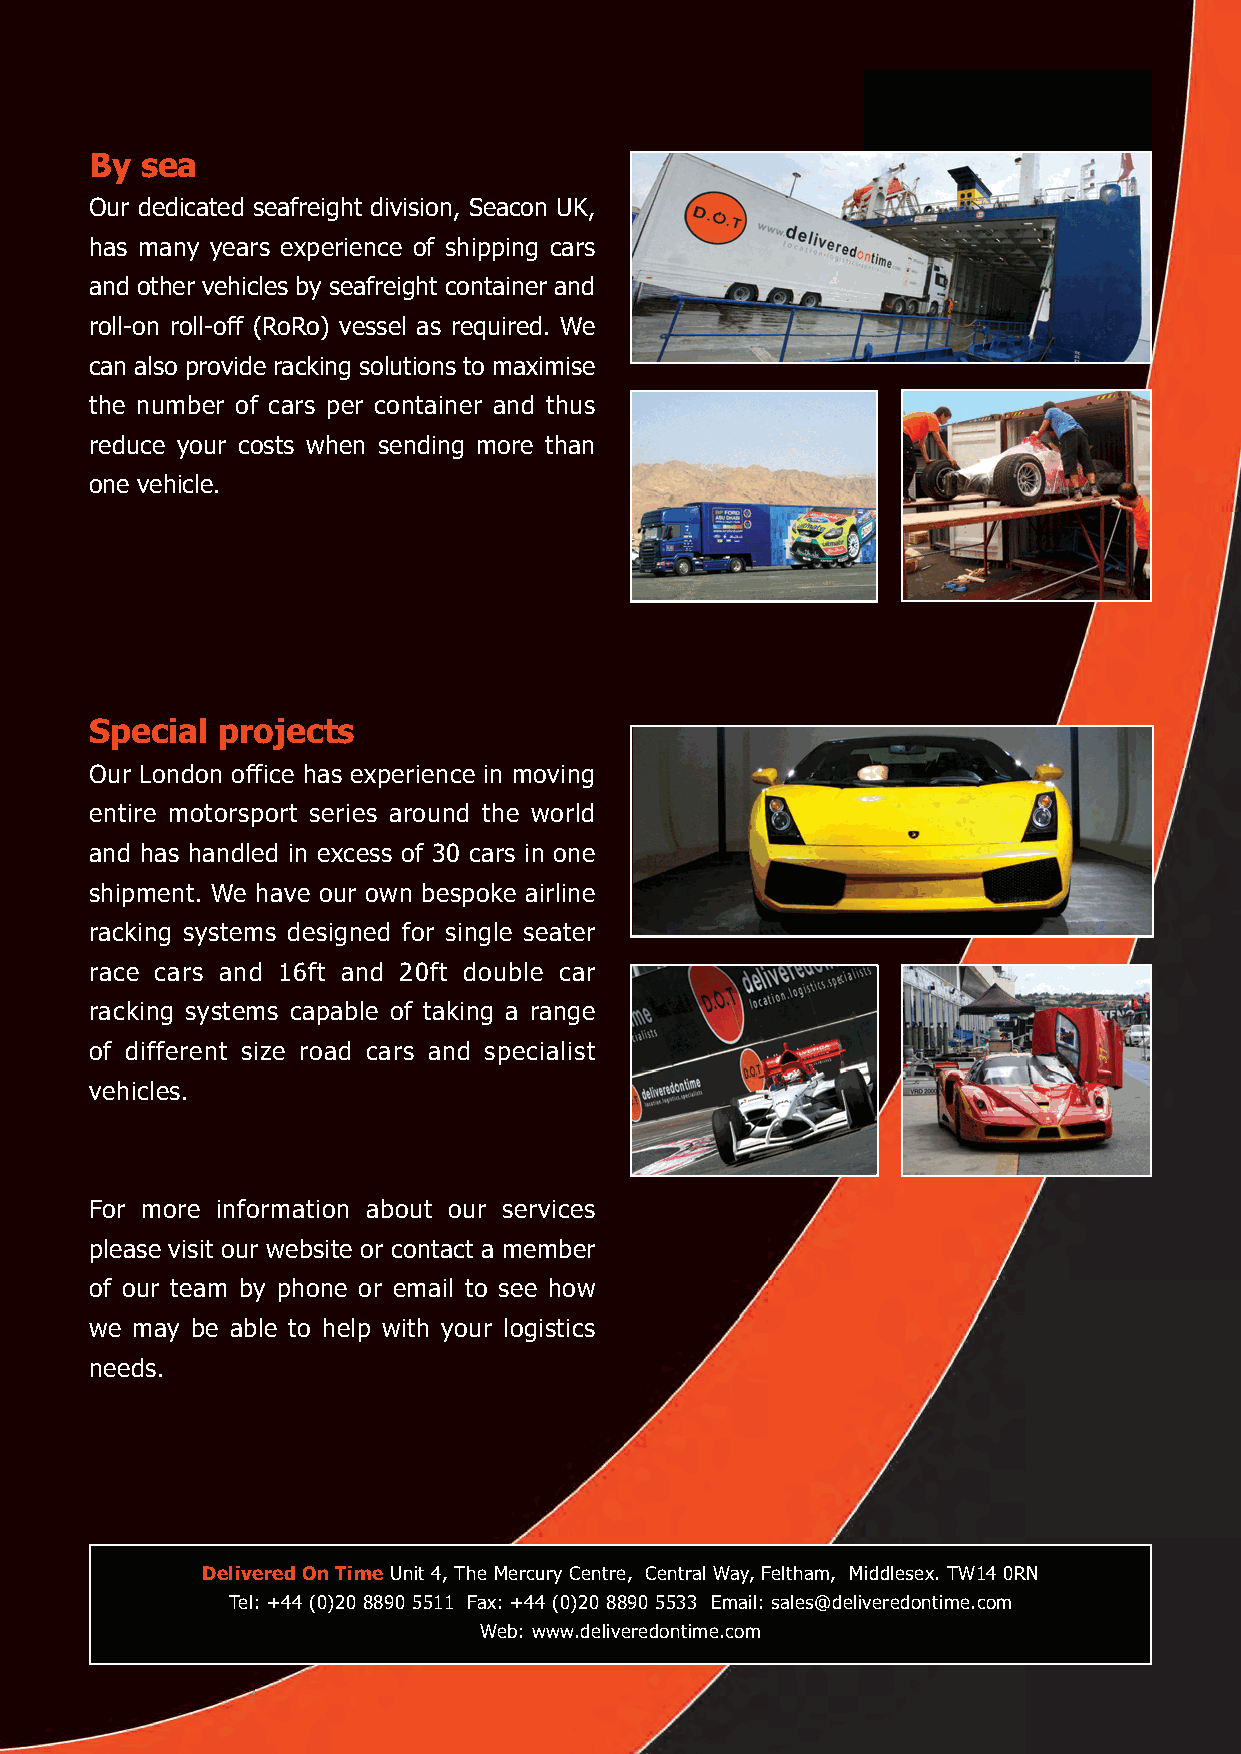
By sea
 Our dedicated seafreight division, Seacon UK,
 has many years experience of shipping cars
 and other vehicles by seafreight container and
 roll-on roll-off (RoRo) vessel as required. We
 can also provide racking solutions to maximise
 the number of cars per container and thus
 reduce your costs when sending more than
 one vehicle.
 Special projects
 Our London office has experience in moving
 entire motorsport series around the world
 and has handled in excess of 30 cars in one
 shipment. We have our own bespoke airline
 racking systems designed for single seater
 race cars and 16ft and 20ft double car
 racking systems capable of taking a range
 of different size road cars and specialist
 vehicles.
 For more information about our services
 please visit our website or contact a member
 of our team by phone or email to see how
 we may be able to help with your logistics
 needs.
 Delivered On Time Unit 4, The Mercury Centre, Central Way, Feltham, Middlesex. TW14 0RN
 Tel: +44 (0)20 8890 5511 Fax: +44 (0)20 8890 5533 Email: sales@deliveredontime.com
 Web: www.deliveredontime.com